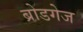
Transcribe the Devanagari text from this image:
ब्रोडगेज